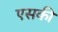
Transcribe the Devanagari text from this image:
एसकी